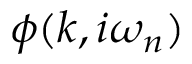
\phi ( k , i \omega _ { n } )